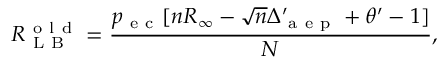
R _ { \mathrm { ~ L ~ B ~ } } ^ { \mathrm { ~ o ~ l ~ d ~ } } = \frac { p _ { \mathrm { ~ e ~ c ~ } } [ n R _ { \infty } - \sqrt { n } \Delta _ { \mathrm { ~ a ~ e ~ p ~ } } ^ { \prime } + \theta ^ { \prime } - 1 ] } { N } ,